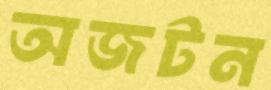
অজটন